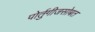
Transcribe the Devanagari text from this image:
पोर्तुगीजसोबत